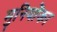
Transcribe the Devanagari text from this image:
मुनियोंका